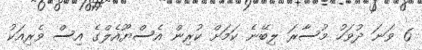
6 ވަނަ ދުވަހު މުސާރަ ލިބޭނެ ކަމަށް ކުރިން އެސްޔޫއެލްގެ އިސް ވެރިއަކު